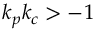
k _ { p } k _ { c } > - 1